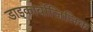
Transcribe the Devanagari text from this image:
डाइकार्बोजिलिक